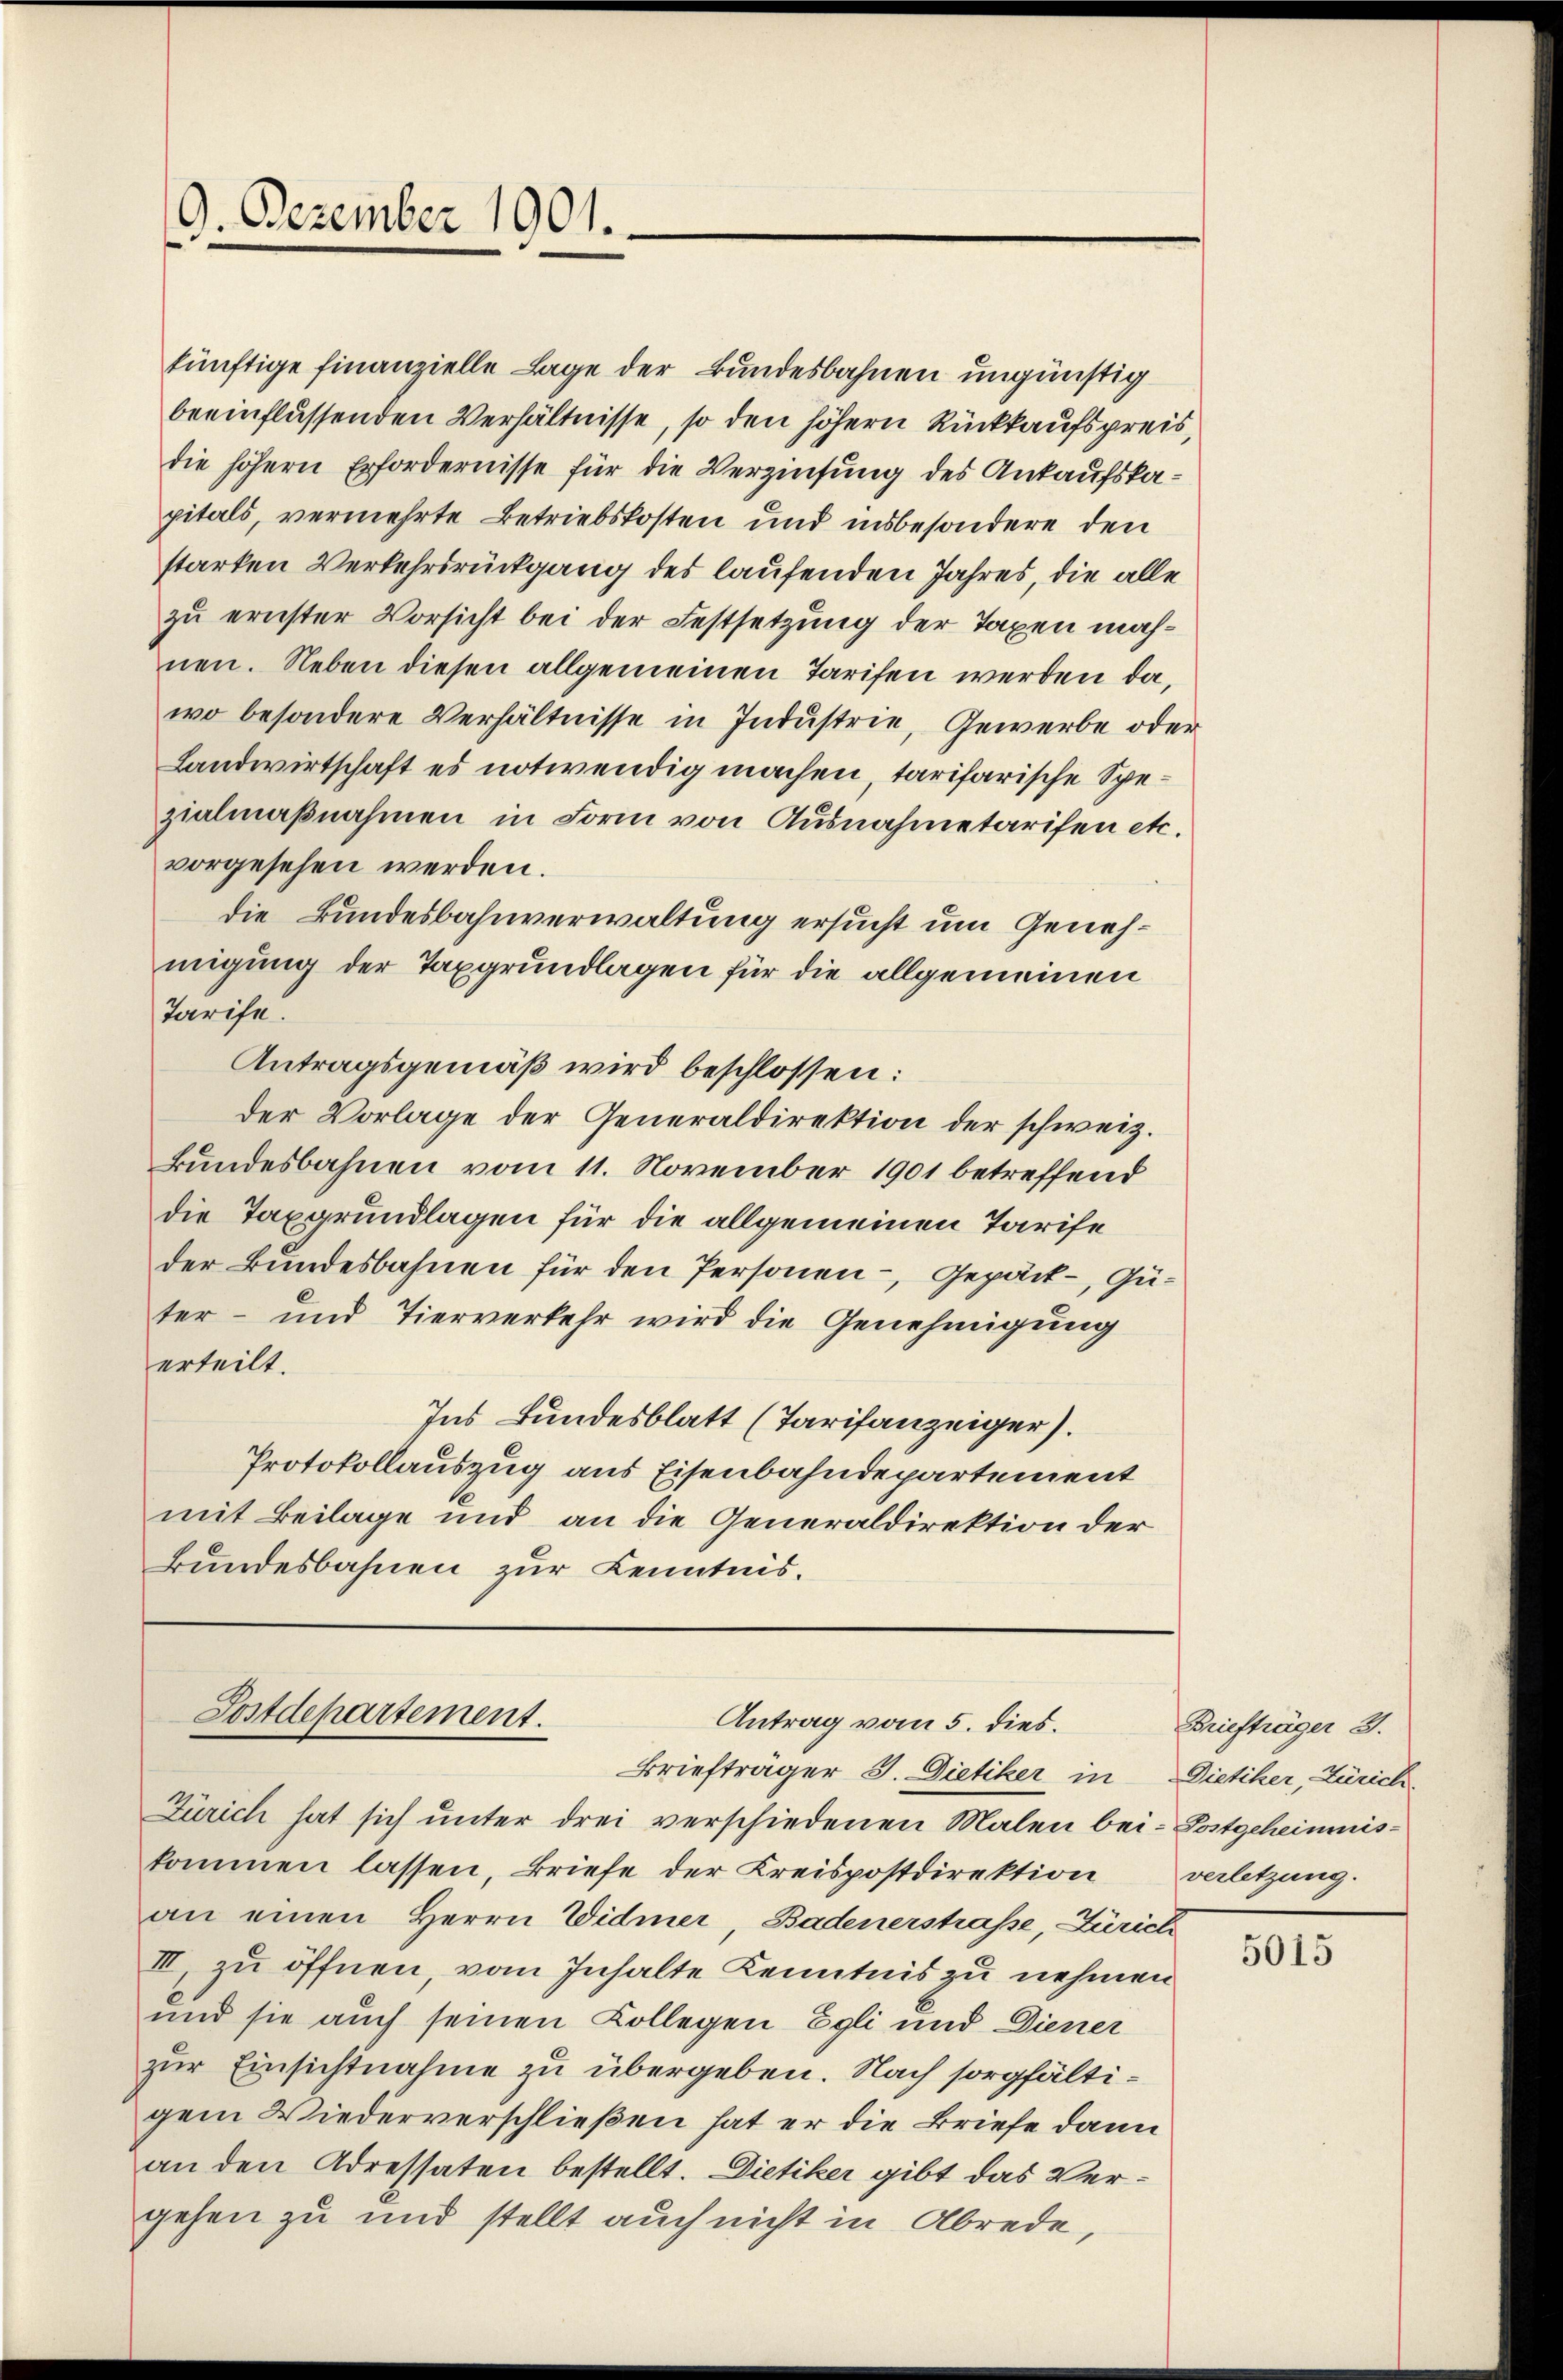
9. Dezember 1901.

künftige finanzielle Lage der Bundesbahnen ungünstig
beeinflüssenden Verhältnisse, so den höhern Rückkaufspreis,
die höhern Erfordernisse für die Verzinsung des Ankaufskapitals, vermehrte Betriebskosten und insbesondere den
starken Verkehrsrückgang des laufenden Jahres, die alle
zu ernster Vorsicht bei der Festsetzung der Taxen machnen. Neben diesen allgemeinen Tarifen werden da,
wo besondere Verhältnisse in Industrie, Gewerbe oder
Landwirtschaft es notwendig machen, tarifarische Spezialmaßnahmen in Form von Ausnahmetarifen etc.
vorgesehen werden.
die Bundesbahnverwaltung ersucht um Genehmigung der Taxgrundlagen für die allgemeinen
Karihe.
Antragsgemäß wird beschlossen:
der Vorlage der Generaldirektion der schweiz.
kundesbahnen vom 11. November 1901 betreffend
die Taxgrundlagen für die allgemeinen Tarife
der Bundesbahnen für den Personen-, Gepäck - Guter- und Tierverkehr wird die Genehmigung
erteilt.
Ins Bundesblatt (Tarifanzeiger).
Protokollauszug aus Eisenbahndepartement
mit Beilage und an die Generaldirektion der
Bundesbahnen zur Kenntnis.

Postdepartement.
Antrag vom 5. dies.

Briefträger J. Dietiker in Dietiker, Zürich.
Zürich hat sich unter drei verschiedenen Malen bei Postgeheimnis-
kommen lassen, Briefe der Kreispostdirektion
an einen Herrn Vidmer, Badenerstraße, Zürich
III, zu öffnen, vom Inhalte Kenntnis zu nehmen
und sie auch seinen Kollegen Egli und Diener
zur Einsichtnahme zu übergeben. Nach sorgfältigem Wiederverschließen hat er die Briefe dann
an den Adressaten bestellt. Dietiker gibt das Vergehen zu und stellt auch nicht in Abrede,

Briefträger 3.
verletzung.

5015